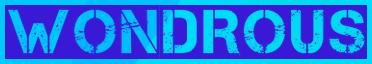
WONDROUS